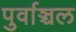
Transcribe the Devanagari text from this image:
पुर्वाञ्चल